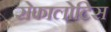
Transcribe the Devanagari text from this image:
सेफालोटिस